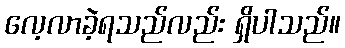
လေ့လာခဲ့ရသည်လည်း ရှိပါသည်။